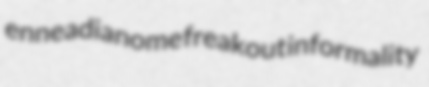
enneadianome freakout informality